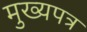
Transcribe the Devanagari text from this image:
मुख्यपत्र